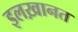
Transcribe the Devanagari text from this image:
इलख़ानत